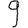
Digit: 9